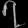
Digit: ၇